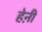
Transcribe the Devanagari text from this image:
हेऩी